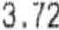
3.72